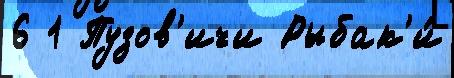
6 1 Пузов'ичи Рыбак'и́